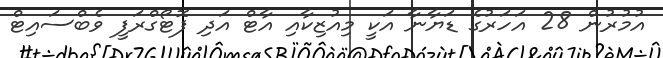
އުމުރުން 28 އަހަރުގެ ޑަޔާނާ އަކީ މިއުޒިކާއި އާޓް އަދި ފޮޓޯގްރަފީ ވެބްސައިޓް